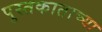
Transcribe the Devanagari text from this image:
पुस्तकाताच्या